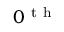
0 ^ { \mathrm { ~ t ~ h ~ } }